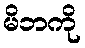
မိဘကို